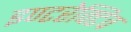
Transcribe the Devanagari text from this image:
इण्टरेक्टिव